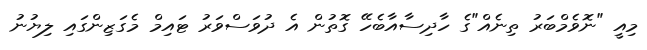
މިއީ "ނޮވެމްބަރު ތިނެއް"ގެ ހާދިސާއާބެހޭ ގޮތުން އެ ދުވަސްވަރު ޓައިމް މެގަޒިންގައި ލިޔުނު